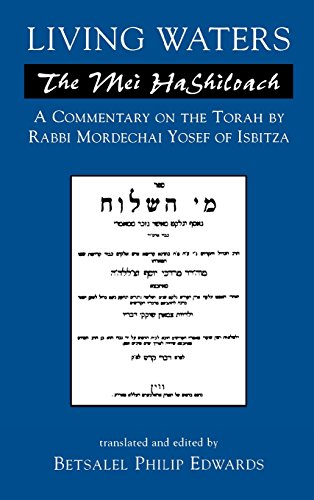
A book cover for Living Waters: The Mei HaShiloach; Mordechai Yosef; Religion & Spirituality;